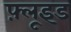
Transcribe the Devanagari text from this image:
फ़्लूइड